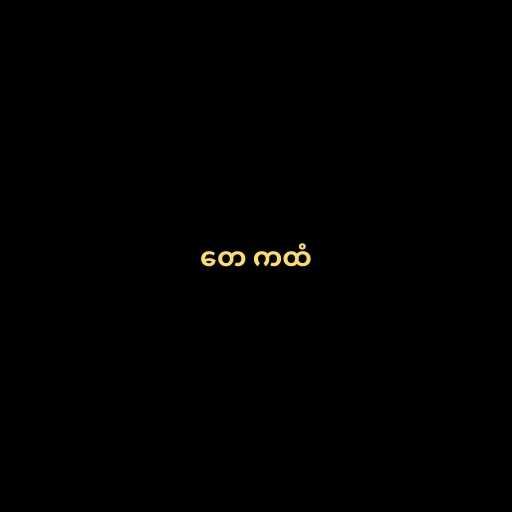
တေ ကထံ